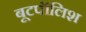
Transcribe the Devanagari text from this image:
बूटपॉलिश